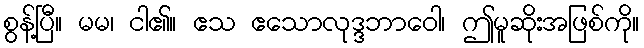
စွန့်ပြီ။ မမ၊ ငါ၏။ ဧသ ဧသောလုဒ္ဒဘာဝေါ၊ ဤမူဆိုးအဖြစ်ကို။